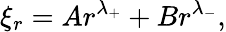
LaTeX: \xi_{r}=Ar^{\lambda_{+}}+Br^{\lambda_{-}},